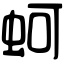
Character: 蚵